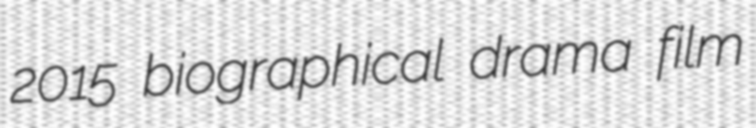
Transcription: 2015 biographical drama film